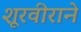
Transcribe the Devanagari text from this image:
शूरवीराने